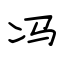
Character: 冯